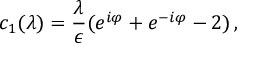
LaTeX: c _ { 1 } ( \lambda ) = { \frac { \lambda } { \epsilon } } ( e ^ { i \varphi } + e ^ { - i \varphi } - 2 ) \, ,